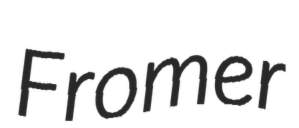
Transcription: Fromer